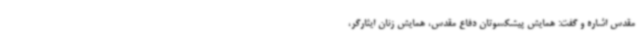
مقدس اشاره و گفت: همایش پیشکسوتان دفاع مقدس، همایش زنان ایثارگر،